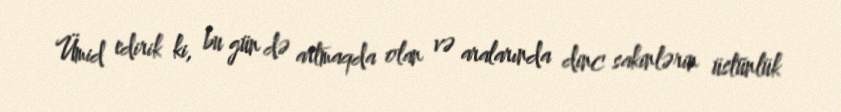
Ümid edirik ki, bu gün də artmaqda olan və aralarında dinc sakinlərin üstünlük